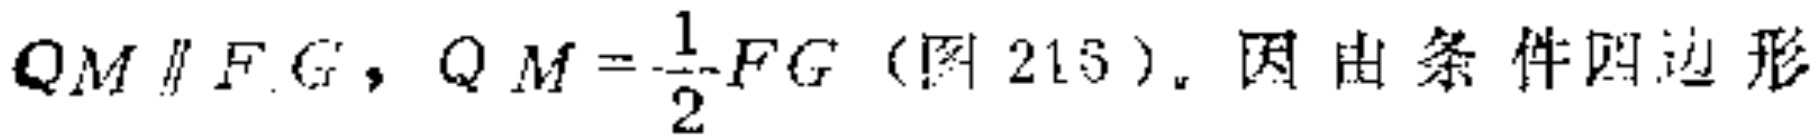
$QM \parallel FG, QM = \frac{1}{2}FG$ (图215). 因由条件四边形